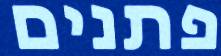
פתנים